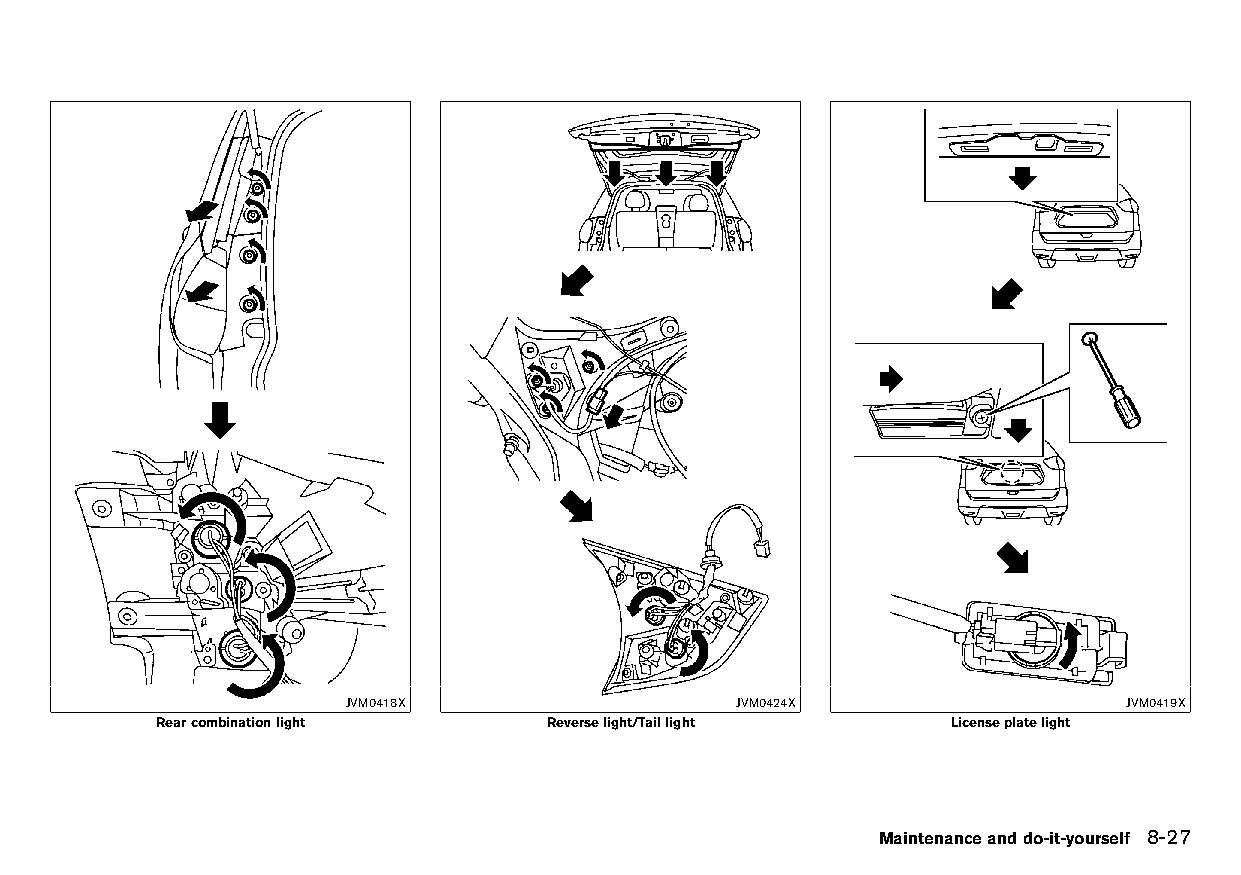
(267,1)
 JVM0418X                  JVM0424X                 JVM0419X
 Rearcombinationlight      Reverselight/Taillight     Licenseplatelight
 Maintenanceanddo-it-yourself 8-27
 Condition:                        [Edit:2015/8/24 Model: HT32-A]